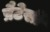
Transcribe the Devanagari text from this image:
प्रैटेसी